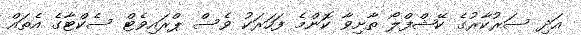
އަދި ސަރުކާރުގެ ކޭޝްފްލޯ ތާށިވާ ކޮންމެ ފަހަރަކު ވެސް ޕްރައިވެޓް ސެކްޓާގެ އެތައް